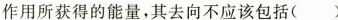
作用所获得的能量，其去向不应该包括()